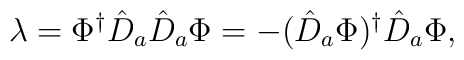
\lambda = \Phi^\dag \hat D_a \hat D_a \Phi = - (\hat D_a\Phi)^\dag \hat D_a \Phi,